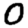
Digit: 0